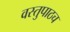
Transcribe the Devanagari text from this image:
वस्तुपाठच